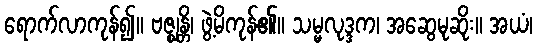
ရောက်လာကုန်၍။ ဗဇ္ဈန္တိ၊ ဖွဲ့မိကုန်၏။ သမ္မလုဒ္ဒက၊ အဆွေမုဆိုး။ အယံ၊